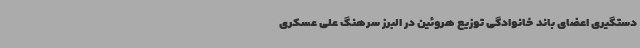
دستگیری اعضای باند خانوادگی توزیع هروئین در البرز سرهنگ علی عسکری